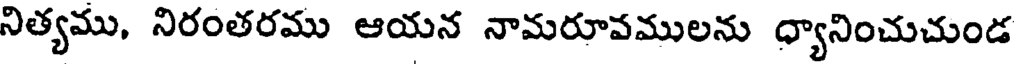
నిత్యము, నిరంతరము ఆయన నామరూవములను ధ్యానించుచుండ